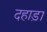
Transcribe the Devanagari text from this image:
दहाड़ा